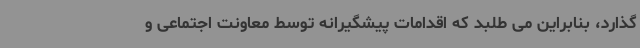
گذارد، بنابراین می طلبد که اقدامات پیشگیرانه توسط معاونت اجتماعی و